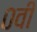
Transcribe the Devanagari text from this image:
०वीं